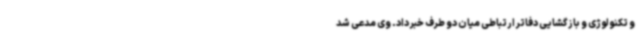
و تکنولوژی و بازگشایی دفاتر ارتباطی میان دو طرف خبر داد. وی مدعی شد